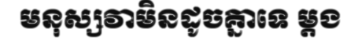
មនុស្សវាមិនដូចគ្នាទេ ម្តង